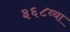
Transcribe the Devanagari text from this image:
३६८व्या